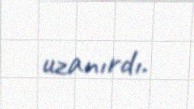
uzanırdı.